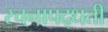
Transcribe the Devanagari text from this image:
रचनापद्धती